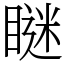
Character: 瞇